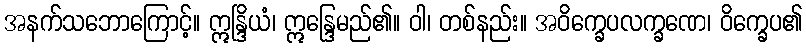
အနက်သဘောကြောင့်။ ဣန္ဒြိယံ၊ ဣန္ဒြေမည်၏။ ဝါ၊ တစ်နည်း။ အဝိက္ခေပလက္ခဏေ၊ ဝိက္ခေပ၏